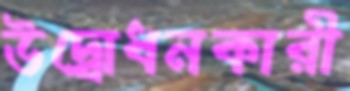
উদ্বোধনকারী